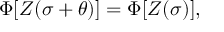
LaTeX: \Phi [ Z ( \sigma + \theta ) ] = \Phi [ Z ( \sigma ) ] ,